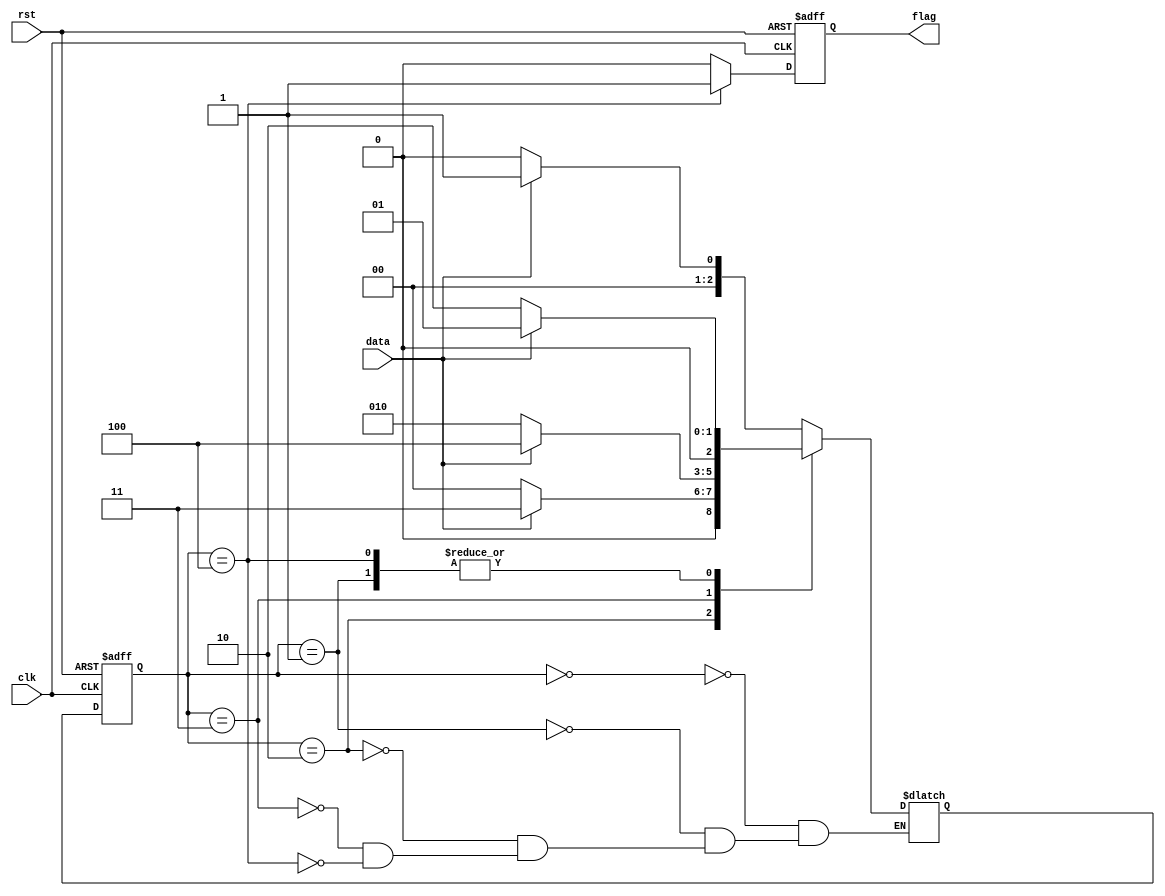
`timescale 1ns/1ns

module sequence_test2(
	input wire clk  ,
	input wire rst  ,
	input wire data ,
	output reg flag
);
//*************code***********//
parameter idle=0,A=1,B=2,C=3,D=4;
reg [2:0] state,next_state;
always @(posedge clk or negedge rst)
begin
if(!rst)
state<=idle;
else
state<=next_state;
end

always @(*)
begin
case(state)
idle:next_state=data?A:idle;
A:next_state=!data?B:A;  //1
B:next_state=data?C:idle;  //10
C:next_state=data?D:B;
D:next_state=data?A:B;
endcase
end

always @(posedge clk or negedge rst)
begin
if(!rst)
flag<=0;
else if(state==D)
flag<=1;
else
flag<=0;
end
//*************code***********//
endmodule